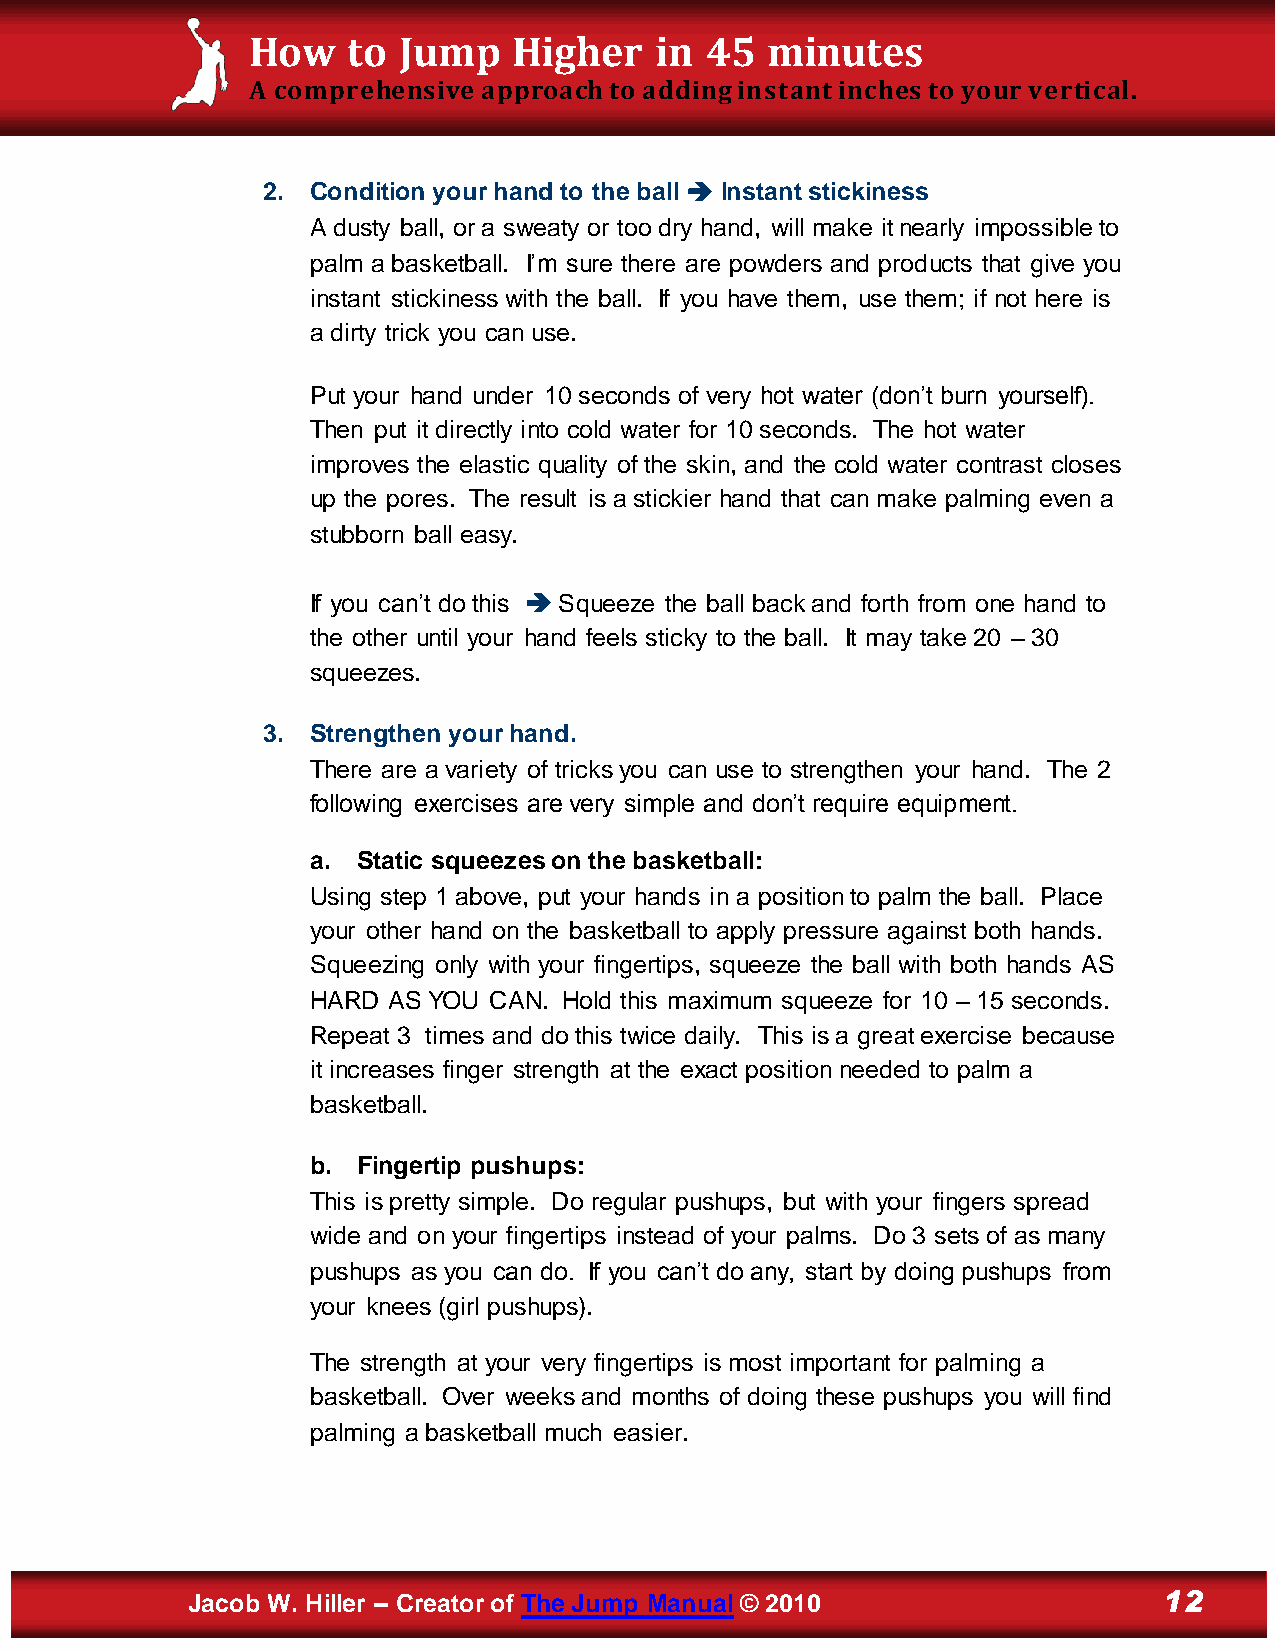
How    to Jump    Higher   in  45  minutes
 A comprehensive approach to adding instant inches to your vertical.
 2.  Condition your hand to the ball  Instant stickiness
 A dusty ball, or a sweaty or too dry hand, will make it nearly impossible to
 palm a basketball. I’m sure there are powders and products that give you
 instant stickiness with the ball. If you have them, use them; if not here is
 a dirty trick you can use.
 Put your hand under 10 seconds of very hot water (don’t burn yourself).
 Then put it directly into cold water for 10 seconds. The hot water
 improves the elastic quality of the skin, and the cold water contrast closes
 up the pores. The result is a stickier hand that can make palming even a
 stubborn ball easy.
 If you can’t do this  Squeeze the ball back and forth from one hand to
 the other until your hand feels sticky to the ball. It may take 20 – 30
 squeezes.
 3.  Strengthen your hand.
 There are a variety of tricks you can use to strengthen your hand. The 2
 following exercises are very simple and don’t require equipment.
 a. Static squeezes on the basketball:
 Using step 1 above, put your hands in a position to palm the ball. Place
 your other hand on the basketball to apply pressure against both hands.
 Squeezing only with your fingertips, squeeze the ball with both hands AS
 HARD AS YOU CAN. Hold this maximum squeeze for 10 – 15 seconds.
 Repeat 3 times and do this twice daily. This is a great exercise because
 it increases finger strength at the exact position needed to palm a
 basketball.
 b. Fingertip pushups:
 This is pretty simple. Do regular pushups, but with your fingers spread
 wide and on your fingertips instead of your palms. Do 3 sets of as many
 pushups as you can do. If you can’t do any, start by doing pushups from
 your knees (girl pushups).
 The strength at your very fingertips is most important for palming a
 basketball. Over weeks and months of doing these pushups you will find
 palming a basketball much easier.
 Jacob W. Hiller – Creator of The Jump Manual © 2010              12